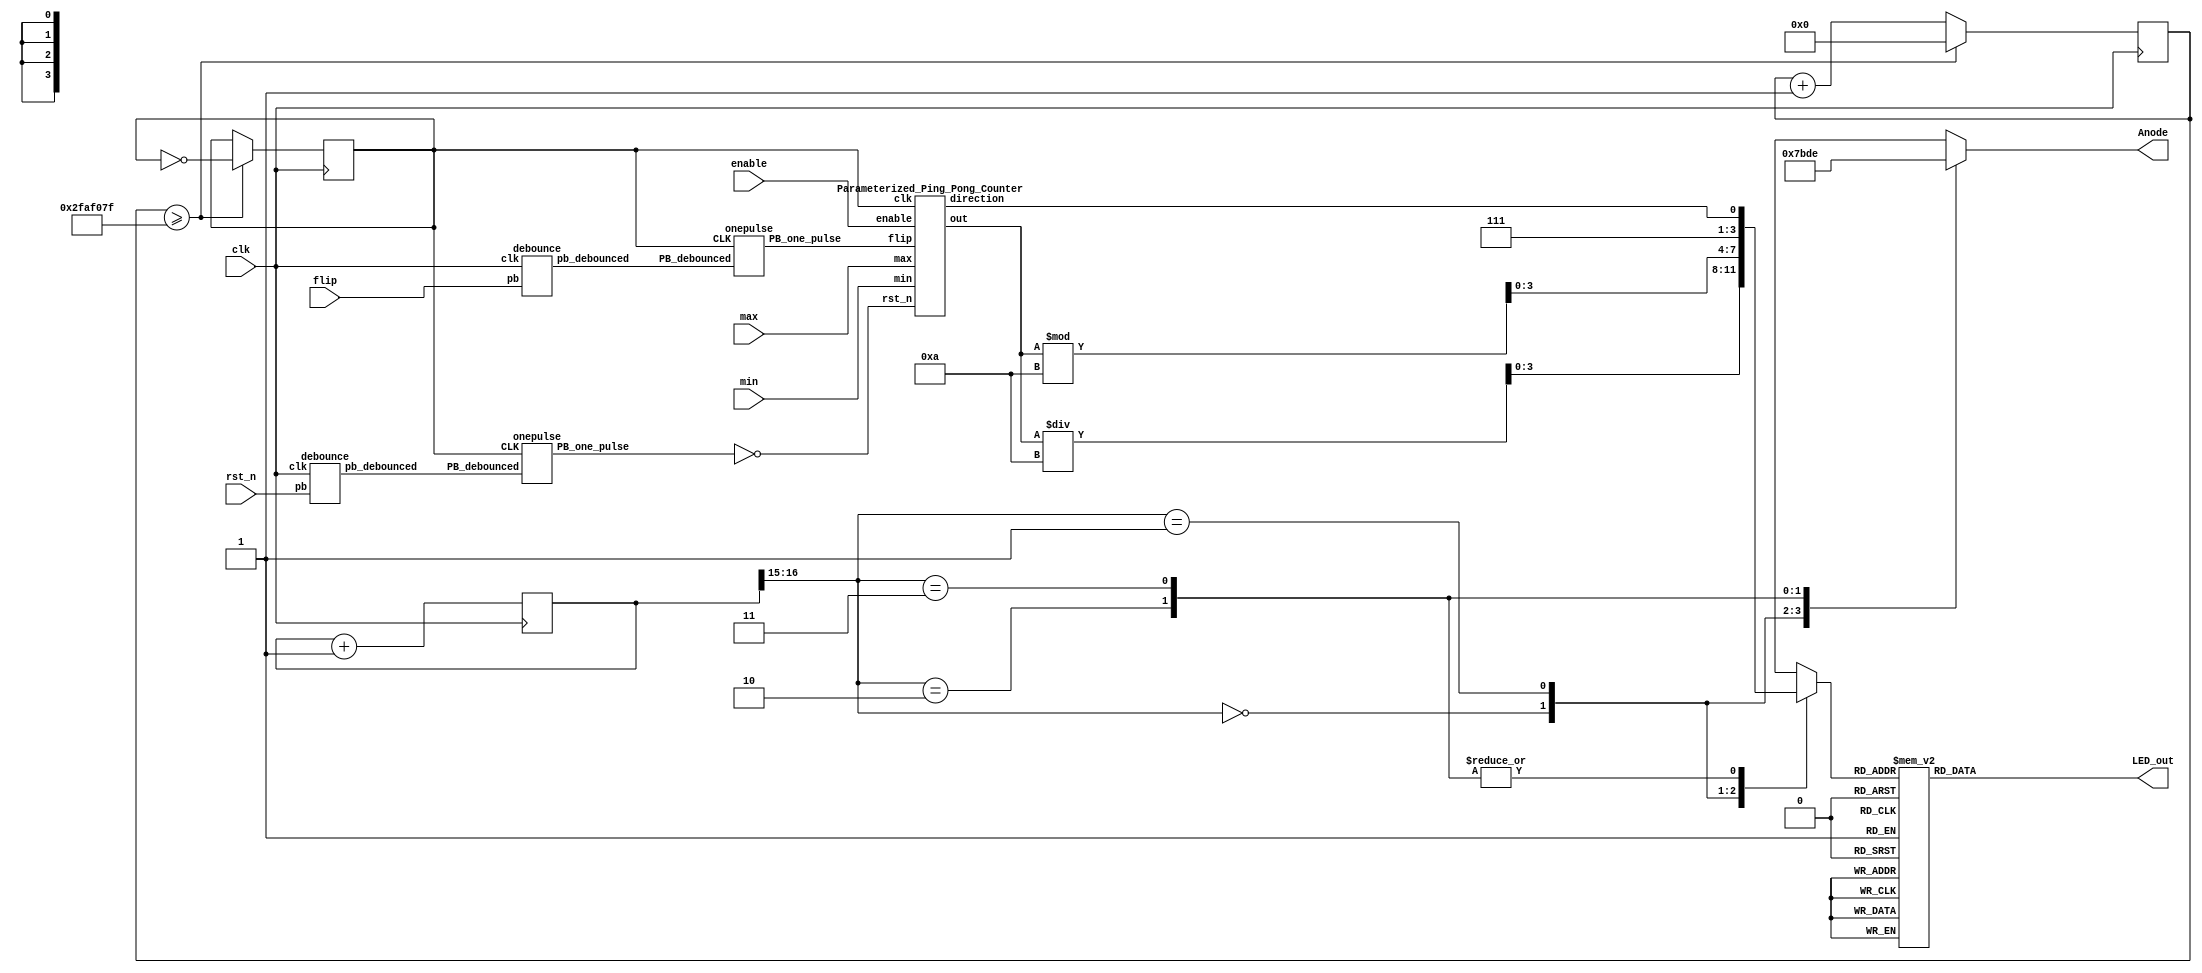
`timescale 1ns/1ps

module FPGA_UI (clk, rst_n, flip, max, min, enable, Anode, LED_out);
	input clk; 		// 100 Mhz clock
    input rst_n; 	// reset undebounced and un-one-pulsed
    input enable;
	input flip; 	// flip undebounced and un-one-pulsed
	input [3:0] max;
	input [3:0] min; 
	output reg [3:0] Anode; // anode signals of the 7-segment LED display
    output reg [6:0] LED_out;
	
	reg slow_clk;
    reg [3:0] LED_BCD;
    reg [16:0] refresh_counter;
    wire [1:0] LED_activating_counter; 
	reg [26:0] clk_per_sec;
	
	// Debounce and One-Pulse RESET, FLIP
	wire flip_db, reset_db, flip_pulse, reset_pulse;
	debounce debounce_flip (
		.pb_debounced(flip_db), 
		.pb(flip), 
		.clk(clk)
	);
	debounce debounce_reset (
		.pb_debounced(reset_db), 
		.pb(rst_n), 
		.clk(clk)
	);
	onepulse onepulse_flip (
		.PB_debounced(flip_db),
		.CLK(slow_clk), 
		.PB_one_pulse(flip_pulse)
	);
	
	onepulse onepulse_reset (
		.PB_debounced(reset_db),
		.CLK(slow_clk), 
		.PB_one_pulse(reset_pulse)
	);
	
	// Connect to Parameterized_Ping_Pong_Counter Module I/O
    wire direction;
	wire [3:0] out;
	Parameterized_Ping_Pong_Counter p_pp_c (
		.clk(slow_clk), 
		.rst_n(~reset_pulse), 
		.enable(enable), 
		.flip(flip_pulse), 
		.max(max), 
		.min(min), 
		.direction(direction), 
		.out(out)
	);
    
    // clock manipulation
	always @(posedge clk)begin 
		refresh_counter <= refresh_counter + 1;   
		
		if(clk_per_sec>=(99999999/2)) begin  // every half a second the clock is flipped
            clk_per_sec <= 0;
            slow_clk <= ~slow_clk;                
		end
		else begin
			clk_per_sec <= clk_per_sec + 1;
		end
    end 
    assign LED_activating_counter = refresh_counter[16:15]; // refresh LED every 1/2**17
    
    // LED update 4,3,2,1
    // 4    : MSB out (BSD representation)
    // 3    : LSB out (BSD representation)
    // 2,1  : Direction (up/down)
    always @(*)begin
        case(LED_activating_counter)
        2'b00: begin
            Anode = 4'b0111; 
            LED_BCD = out/10;
        end
        2'b01: begin
            Anode = 4'b1011; 
            LED_BCD = out%10;
        end
        2'b10: begin
            Anode = 4'b1101; 
            LED_BCD = {3'b111,direction};
        end
        2'b11: begin
            Anode = 4'b1110; 
            LED_BCD = {3'b111,direction};
        end
        endcase
    end
	
    // 7-segment LED display 
    // Handle each cathode to display certain number/sign
    // The MSB -> A cathode to the LSB -> G cathode
    always @(*)begin
        case(LED_BCD)
        4'b0000: LED_out = 7'b0000001; // "0"     
        4'b0001: LED_out = 7'b1001111; // "1" 
        4'b0010: LED_out = 7'b0010010; // "2" 
        4'b0011: LED_out = 7'b0000110; // "3" 
        4'b0100: LED_out = 7'b1001100; // "4" 
        4'b0101: LED_out = 7'b0100100; // "5" 
        4'b0110: LED_out = 7'b0100000; // "6" 
        4'b0111: LED_out = 7'b0001111; // "7" 
        4'b1000: LED_out = 7'b0000000; // "8"     
        4'b1001: LED_out = 7'b0000100; // "9"
		4'b1110: LED_out = 7'b1100011; // "down"
		4'b1111: LED_out = 7'b0011101; // "up"
        default: LED_out = 7'b1111111; // "dead"
        endcase
    end
		
 endmodule
 
// One-pulse circuit: Eliminate continuous signal
module onepulse (PB_debounced, CLK, PB_one_pulse);
	input PB_debounced;
	input CLK;
	output PB_one_pulse;
	
	reg PB_one_pulse;
	reg PB_debounced_delay;
	
	always @(negedge CLK) begin
		PB_one_pulse <= PB_debounced & (! PB_debounced_delay);
		PB_debounced_delay <= PB_debounced;
	end
	
endmodule

// Debounce: Eliminate any glitches
module debounce (pb_debounced, pb, clk);
	output pb_debounced;   // signal of a pushbutton after being debounced
	input pb;              // signal from a pushbutton 
	input clk; 

	reg [3:0] DFF;         // use shift_reg to filter pushbutton bounce 
	
	always @(posedge clk) begin
		DFF[3:1] <= DFF[2:0];
		DFF[0] <= pb;
	end
	
	assign pb_debounced = &DFF;

endmodule



module Parameterized_Ping_Pong_Counter (clk, rst_n, enable, flip, max, min, direction, out);
input clk, rst_n;
input enable;
input flip;
input [3:0] max;
input [3:0] min;
output direction;
output [3:0] out;

reg [3:0] counter;
reg dir;

//combination output
assign out = counter;
assign direction = dir;

//sequence memory clk
always @ (posedge clk) begin
    if(rst_n==1'b0)begin
        dir<=1'b1;
        counter<=min;
    end
    else begin
        if(enable && (max > min)) begin // operational (begin and max > min)
            if (counter == max) begin // touch max (flipped)
                counter <= max - 4'b0001;
                dir <= 1'b0;
            end
            else if (counter == min) begin // touch min (flipped)
                counter <= min + 4'b0001;
                dir <= 1'b1;
            end
            else if((min < counter )&&( counter < max)) begin // flip-able
                if(flip) begin // flipped
                    counter <= ((dir == 1'b0)? (counter + 1) : (counter - 1));
                    dir <= ~dir;
                end
                else begin // un-flipped
                    counter <= ((dir == 1'b1)? (counter + 1) : (counter - 1));
					dir <= dir;
				end
            end
            else begin // counter out of range
                counter <= counter;
                dir <= dir;
            end
        end
        // not operational (not begin or max < min)
        else begin
            dir <= dir;
            counter <= counter;
        end
    end
end

endmodule